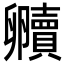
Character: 贕